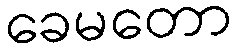
ခေမတော